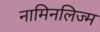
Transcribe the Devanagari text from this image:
नामिनलिज्म